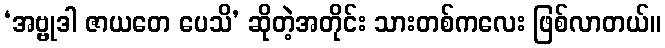
‘အဗ္ဗုဒါ ဇာယတေ ပေသိ’ ဆိုတဲ့အတိုင်း သားတစ်ကလေး ဖြစ်လာတယ်။